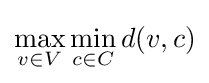
\max _{v\in V}\min _{c\in C}d(v,c)